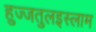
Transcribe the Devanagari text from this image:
हुज्जतुलइस्लाम